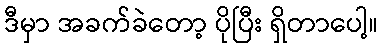
ဒီမှာ အခက်ခဲတော့ ပိုပြီး ရှိတာပေါ့။